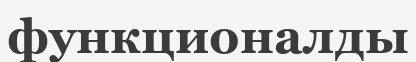
функционалды